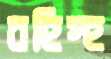
বহিস্হ